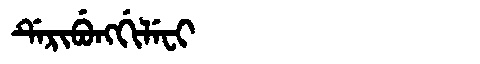
Manchu: ᡩᡝᡵᡳᠪᡠᠩᡤᡳᠯᡝᠸᡳ
Romanization: DERIBUNGGILEFI